Standards of the constituents of the urine and blood and the bearing of the metabolism of Bengalis on the problems of nutrition - Number 34
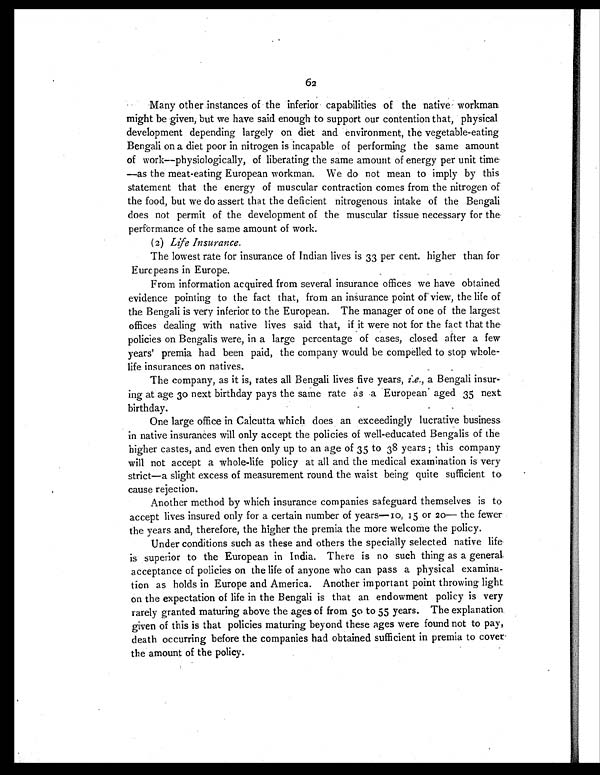
62
Many other instances of the inferior capabilities of the native workman
might be given, but we have said enough to support our contention that, physical
development depending largely on diet and environment, the vegetable-eating
Bengali on a diet poor in nitrogen is incapable of performing the same amount
of work—physiologically, of liberating the same amount of energy per unit time
—as the meat-eating European workman. We do not mean to imply by this
statement that the energy of muscular contraction comes from the nitrogen of
the food, but we do assert that the deficient nitrogenous intake of the Bengali
does not permit of the development of the muscular tissue necessary for the
performance of the same amount of work.
(2) Life Insurance.
The lowest rate for insurance of Indian lives is 33 per cent. higher than for
Europeans in Europe.
From information acquired from several insurance offices we have obtained
evidence pointing to the fact that, from an insurance point of view, the life of
the Bengali is very inferior to the European. The manager of one of the largest
offices dealing with native lives said that, if it were not for the fact that the
policies on Bengalis were, in a large percentage of cases, closed after a few
years' premia had been paid, the company would be compelled to stop whole-
life insurances on natives.
The company, as it is, rates all Bengali lives five years, i.e., a Bengali insur-
ing at age 30 next birthday pays the same rate as a European aged 35 next
birthday.
One large office in Calcutta which does an exceedingly lucrative business
in native insurances will only accept the policies of well-educated Bengalis of the
higher castes, and even then only up to an age of 35 to 38 years ; this company
will not accept a whole-life policy at all and the medical examination is very
strict—a slight excess of measurement round the waist being quite sufficient to
cause rejection.
Another method by which insurance companies safeguard themselves is to
accept lives insured only for a certain number of years—10, 15 or 20— the fewer
the years and, therefore, the higher the premia the more welcome the policy.
Under conditions such as these and others the specially selected native life
is superior to the European in India. There is no such thing as a general
acceptance of policies on the life of anyone who can pass a physical examina-
tion as holds in Europe and America. Another important point throwing light
on the expectation of life in the Bengali is that an endowment policy is very
rarely granted maturing above the ages of from 50 to 55 years. The explanation
given of this is that policies maturing beyond these ages were found not to pay,
death occurring before the companies had obtained sufficient in premia to
c o v e r t h e a m o u n t o f t h e p o l i c y .